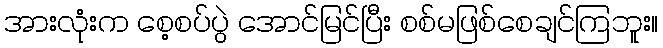
အားလုံးက စေ့စပ်ပွဲ အောင်မြင်ပြီး စစ်မဖြစ်စေချင်ကြဘူး။